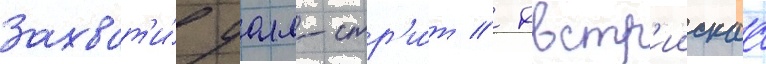
Захват'и́ уолл-стр'и́т // Австр'иискаа